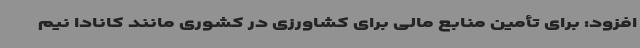
افزود: برای تأمین منابع مالی برای کشاورزی در کشوری مانند کانادا نیم